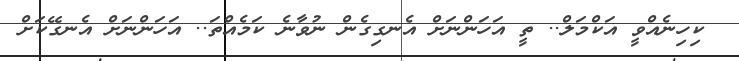
ކިހިނެއްވީ އަކްމަލް.. ތީ އަހަންނަށް އެނގިގެން ނުވާނެ ކަމެއްތަ.. އަހަންނަށް އެނގޭކަށް